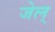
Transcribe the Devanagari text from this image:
जेल्